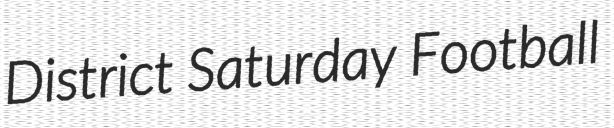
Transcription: District Saturday Football